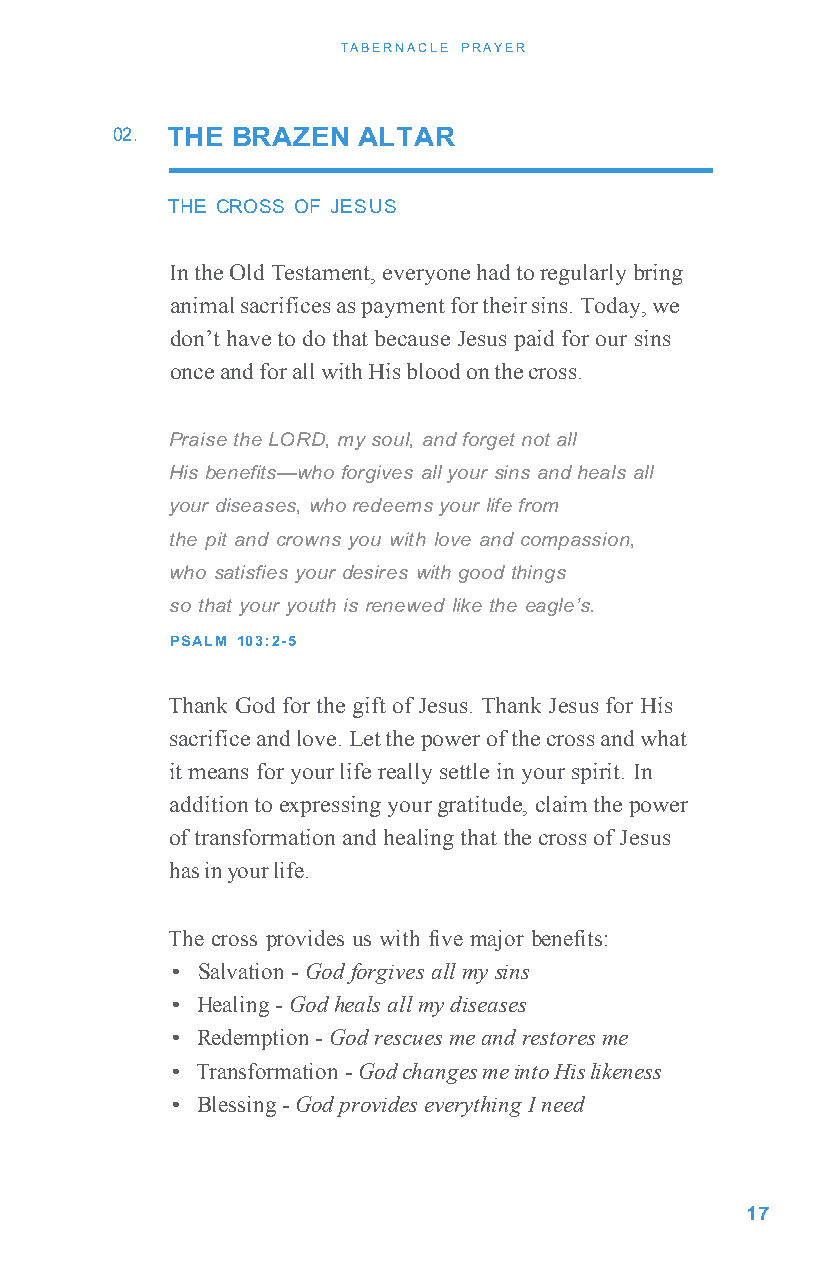
TABERNACLE PRAYER
 02. THE BRAZEN   ALTAR
 THE CROSS OF JESUS
 In the Old Testament, everyone had to regularly bring
 animal sacrifices as payment for their sins. Today, we
 don’t have to do that because Jesus paid for our sins
 once and for all with His blood on the cross.
 Praise the LORD, my soul, and forget not all
 His benefits—who forgives all your sins and heals all
 your diseases, who redeems your life from
 the pit and crowns you with love and compassion,
 who satisfies your desires with good things
 so that your youth is renewed like the eagle’s.
 PSALM 103:2-5
 Thank God for the gift of Jesus. Thank Jesus for His
 sacrifice and love. Let the power of the cross and what
 it means for your life really settle in your spirit. In
 addition to expressing your gratitude, claim the power
 of transformation and healing that the cross of Jesus
 has in your life.
 The cross provides us with five major benefits:
 • Salvation - God forgives all my sins
 • Healing - God heals all my diseases
 • Redemption - God rescues me and restores me
 • Transformation - God changes me into His likeness
 • Blessing - God provides everything I need
 17